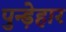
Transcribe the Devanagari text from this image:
पुन्ड़ेहार